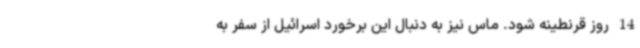
14 روز قرنطینه شود. ماس نیز به دنبال این برخورد اسرائیل از سفر به